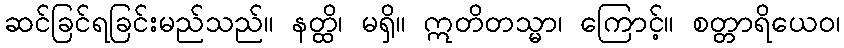
ဆင်ခြင်ရခြင်းမည်သည်။ နတ္ထိ၊ မရှိ။ ဣတိတသ္မာ၊ ကြောင့်။ စတ္တာရိယေဝ၊